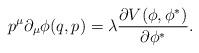
LaTeX: \begin{align*}p^{\mu }\partial _{\mu }\phi (q,p)=\lambda \frac{\partial V(\phi ,\phi^{\ast })}{\partial \phi ^{\ast }}.\end{align*}